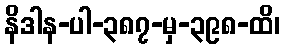
နိဒါန-ပါ-၃၈၇-မှ-၃၉၈-ထိ၊